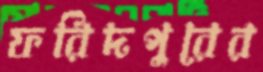
ফরিদপুরের